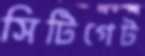
সিটিগেট